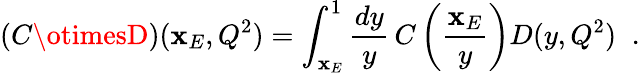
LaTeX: (C\otimesD)(\mathbf{x}_{E},Q^{2})=\int_{\mathbf{x}_{E}}^{1}\frac{{dy}}{{y}}\, C\left(\frac{{\mathbf{x}_{E}}}{{y}}\right)D(y,Q^{2})\; \; .